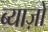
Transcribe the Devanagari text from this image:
ब्याज़ों